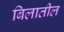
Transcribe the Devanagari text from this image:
बिलातील